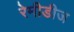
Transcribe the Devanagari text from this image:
रेमीडीज